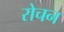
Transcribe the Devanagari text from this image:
रोचन